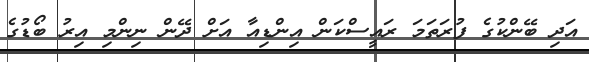
އަދި ބޭންކުގެ ފުރަތަމަ ރައީސްކަން އިންޑިއާ އަށް ދޭން ނިންމި އިރު ބޯޑުގެ